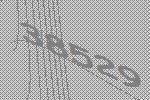
38529